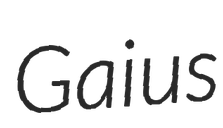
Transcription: Gaius